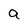
Character: a